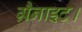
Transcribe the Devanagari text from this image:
ग्रैनाइट।